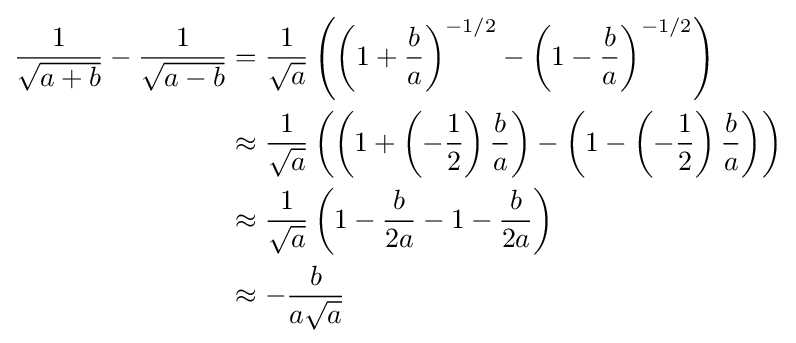
{\begin{aligned}{\frac {1}{\sqrt {a+b}}}-{\frac {1}{\sqrt {a-b}}}&={\frac {1}{\sqrt {a}}}\left(\left(1+{\frac {b}{a}}\right)^{-1/2}-\left(1-{\frac {b}{a}}\right)^{-1/2}\right)\\&\approx {\frac {1}{\sqrt {a}}}\left(\left(1+\left(-{\frac {1}{2}}\right){\frac {b}{a}}\right)-\left(1-\left(-{\frac {1}{2}}\right){\frac {b}{a}}\right)\right)\\&\approx {\frac {1}{\sqrt {a}}}\left(1-{\frac {b}{2a}}-1-{\frac {b}{2a}}\right)\\&\approx -{\frac {b}{a{\sqrt {a}}}}\end{aligned}}